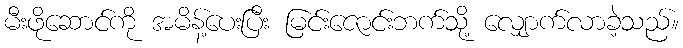
မီးဖိုဆောင်ကို အမိန့်ပေးပြီး မြင်းဇောင်းဘက်သို့ လျှောက်လာခဲ့သည်။